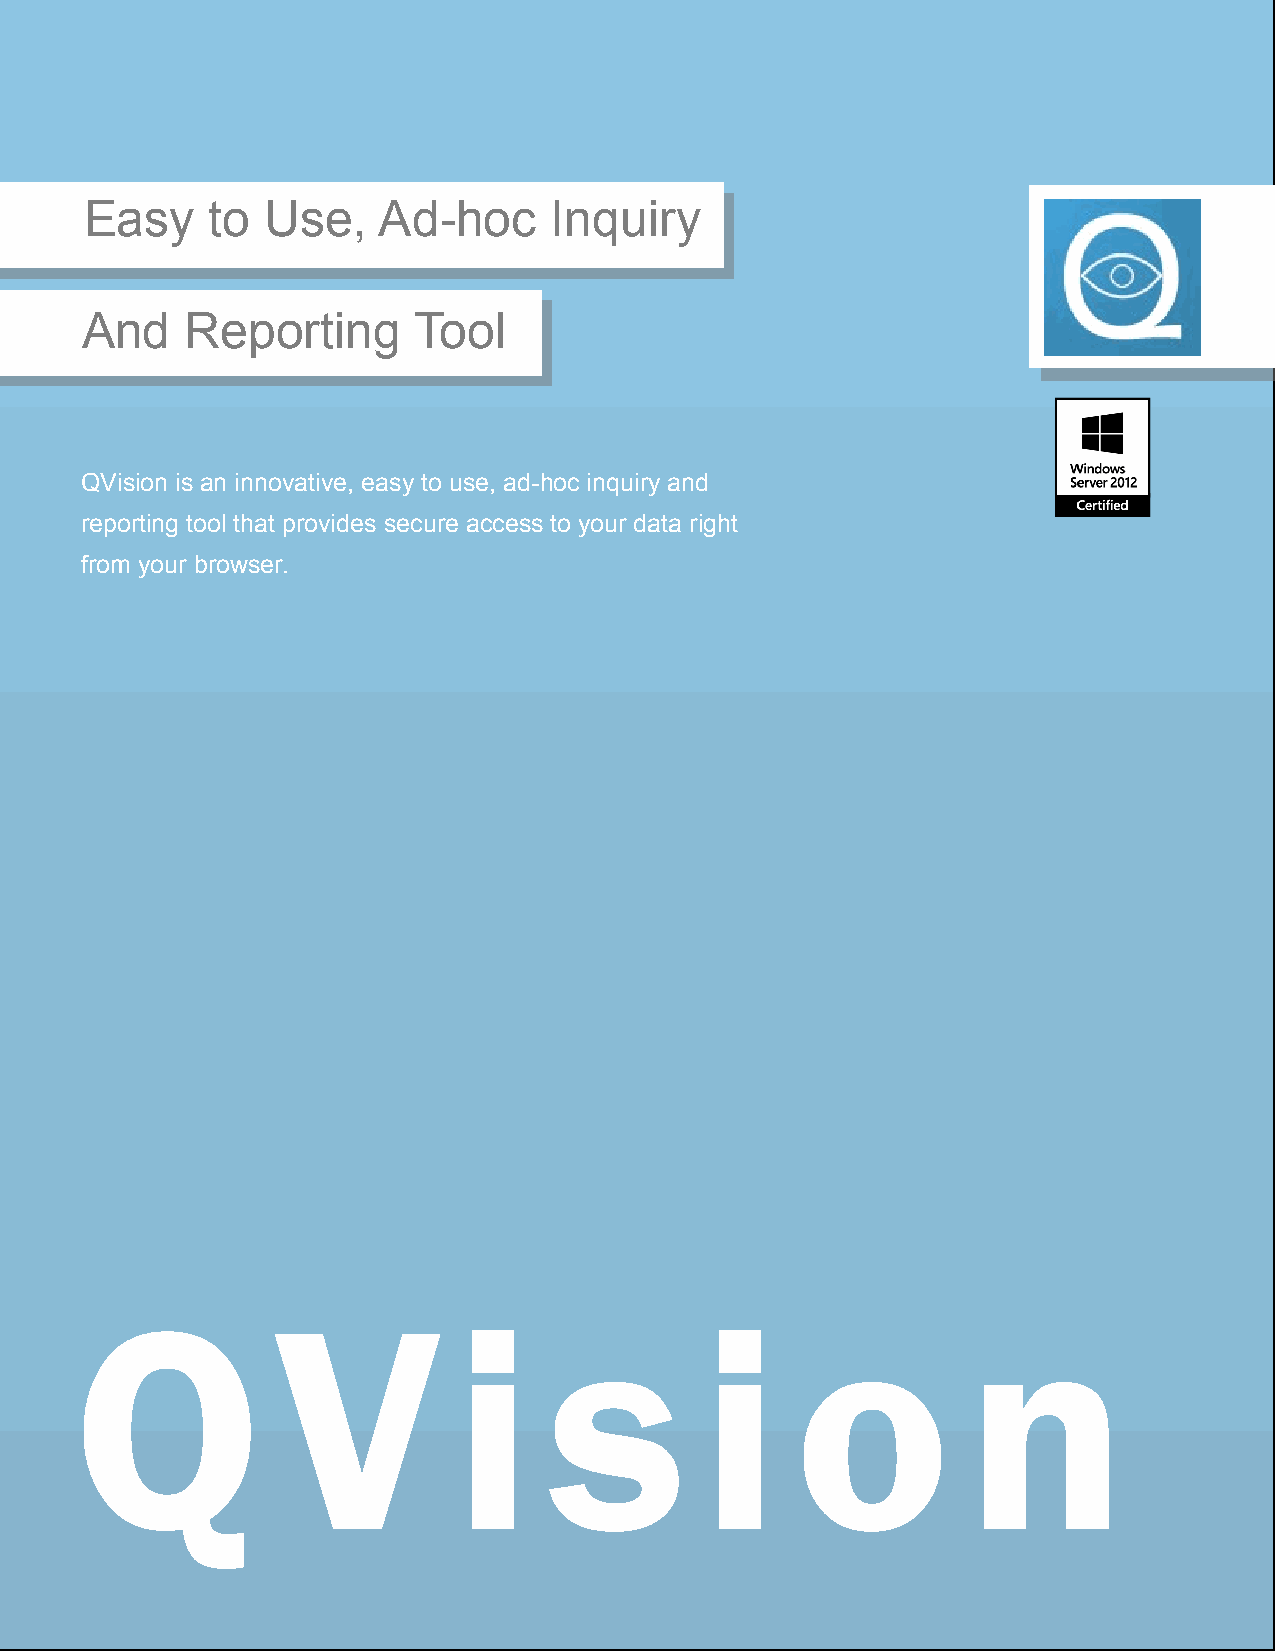
Easy    to  Use,   Ad-hoc     Inquiry
 And    Reporting      Tool
 QVision is an innovative, easy to use, ad-hoc inquiry and
 reporting tool that provides secure access to your data right
 from your browser.
 Q            V           i     s         i      o          n